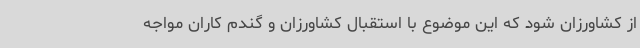
از کشاورزان شود که این موضوع با استقبال کشاورزان و گندم کاران مواجه